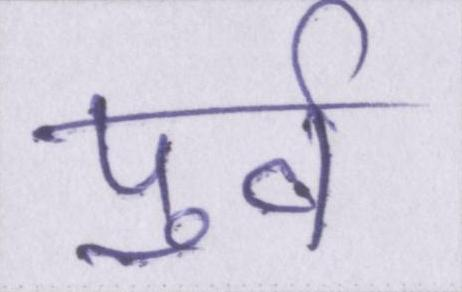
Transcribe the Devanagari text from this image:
पूर्व